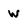
Character: W